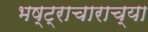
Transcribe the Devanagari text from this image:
भष्ट्राचाराच्या